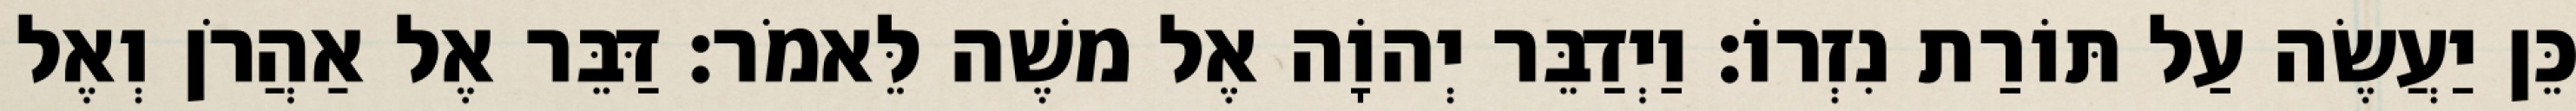
כֵּן יַעֲשֶׂה עַל תּוֹרַת נִזְרוֹ׃ וַיְדַבֵּר יְהוָֹה אֶל משֶׁה לֵּאמֹר׃ דַּבֵּר אֶל אַהֲרֹן וְאֶל